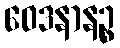
ဝေဒနာနဉ္စ